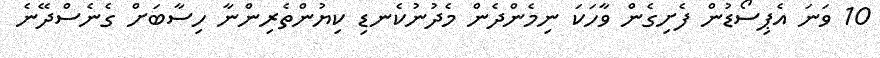
10 ވަނަ އެޕިސޯޑުން ފެށިގެން ވާހަކަ ނިމެންދެން މެދުނުކެނޑި ކިޔުންތެރިންނާ ހިސާބަށް ގެނެސްދޭނެ